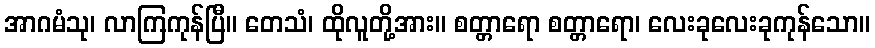
အာဂမံသု၊ လာကြကုန်ပြီ။ တေသံ၊ ထိုလူတို့အား။ စတ္တာရော စတ္တာရော၊ လေးခုလေးခုကုန်သော။